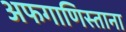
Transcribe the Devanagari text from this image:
अफगाणिस्ताना